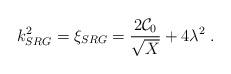
LaTeX: \begin{align*}k^2_{SRG} = \xi_{SRG} = \frac{2\mathcal{C}_0}{\sqrt{X}} + 4\lambda^2\; .\end{align*}